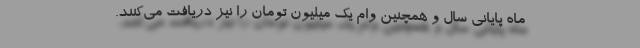
ماه پایانی سال و همچنین وام یک میلیون تومان را نیز دریافت می‌کنند.